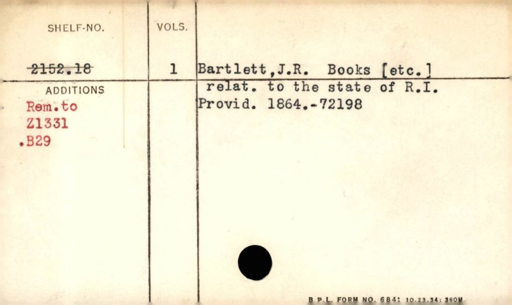
Label: content